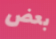
بعض